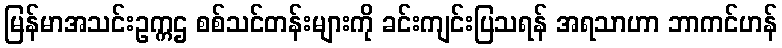
မြန်မာအသင်းဥက္ကဌ စစ်သင်တန်းများကို ခင်းကျင်းပြသရန် အရသာဟာ ဘာကင်ဟန်